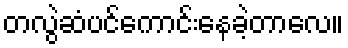
တလွဲဆံပင်ကောင်းနေခဲ့တာလေ။